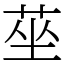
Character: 莝